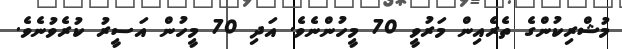
މުޝްރިކުންގެ ތެރެއިން މަރުވީ 70 މީހުންނެވެ. އަދި 70 މީހުން އަސީރު ކުރެވުނެވެ.